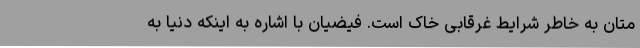
متان به خاطر شرایط غرقابی خاک است. فیضیان با اشاره به اینکه دنیا به